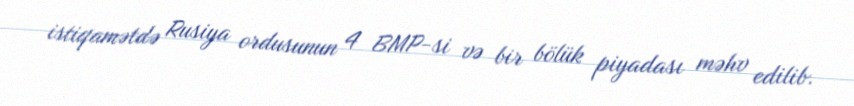
istiqamətdə Rusiya ordusunun 4 BMP-si və bir bölük piyadası məhv edilib.